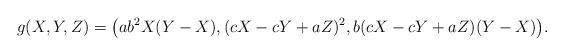
LaTeX: \begin{align*} g(X,Y,Z) = \bigl(ab^2X(Y-X),(cX-cY+aZ)^2,b(cX-cY+aZ)(Y-X)\bigr).\end{align*}